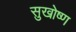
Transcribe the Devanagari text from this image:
सुखोष्ण